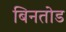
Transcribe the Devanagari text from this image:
बिनतोड